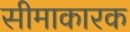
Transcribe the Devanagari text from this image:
सीमाकारक